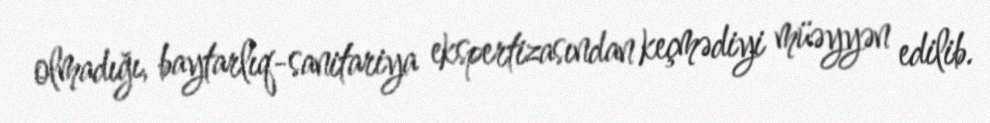
olmadığı, baytarlıq-sanitariya ekspertizasından keçmədiyi müəyyən edilib.